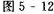
图5-12